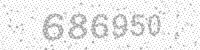
Solution: 686950